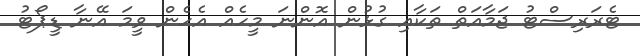
ޓެރަރިސްޓު ޖަމާއަތް ތަކާއި ގުޅުން އޮންނަ މީހެއް އެހެން ވީމަ އޭނާ ޑީޕޯޓު